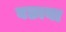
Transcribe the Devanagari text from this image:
बछाया